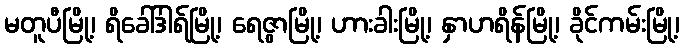
မတူပီမြို့၊ ရိခေါ်ဒါရ်မြို့၊ ရေဇွာမြို့၊ ဟားခါးမြို့၊ နှာဟရိန်မြို့၊ ခိုင်ကမ်းမြို့၊